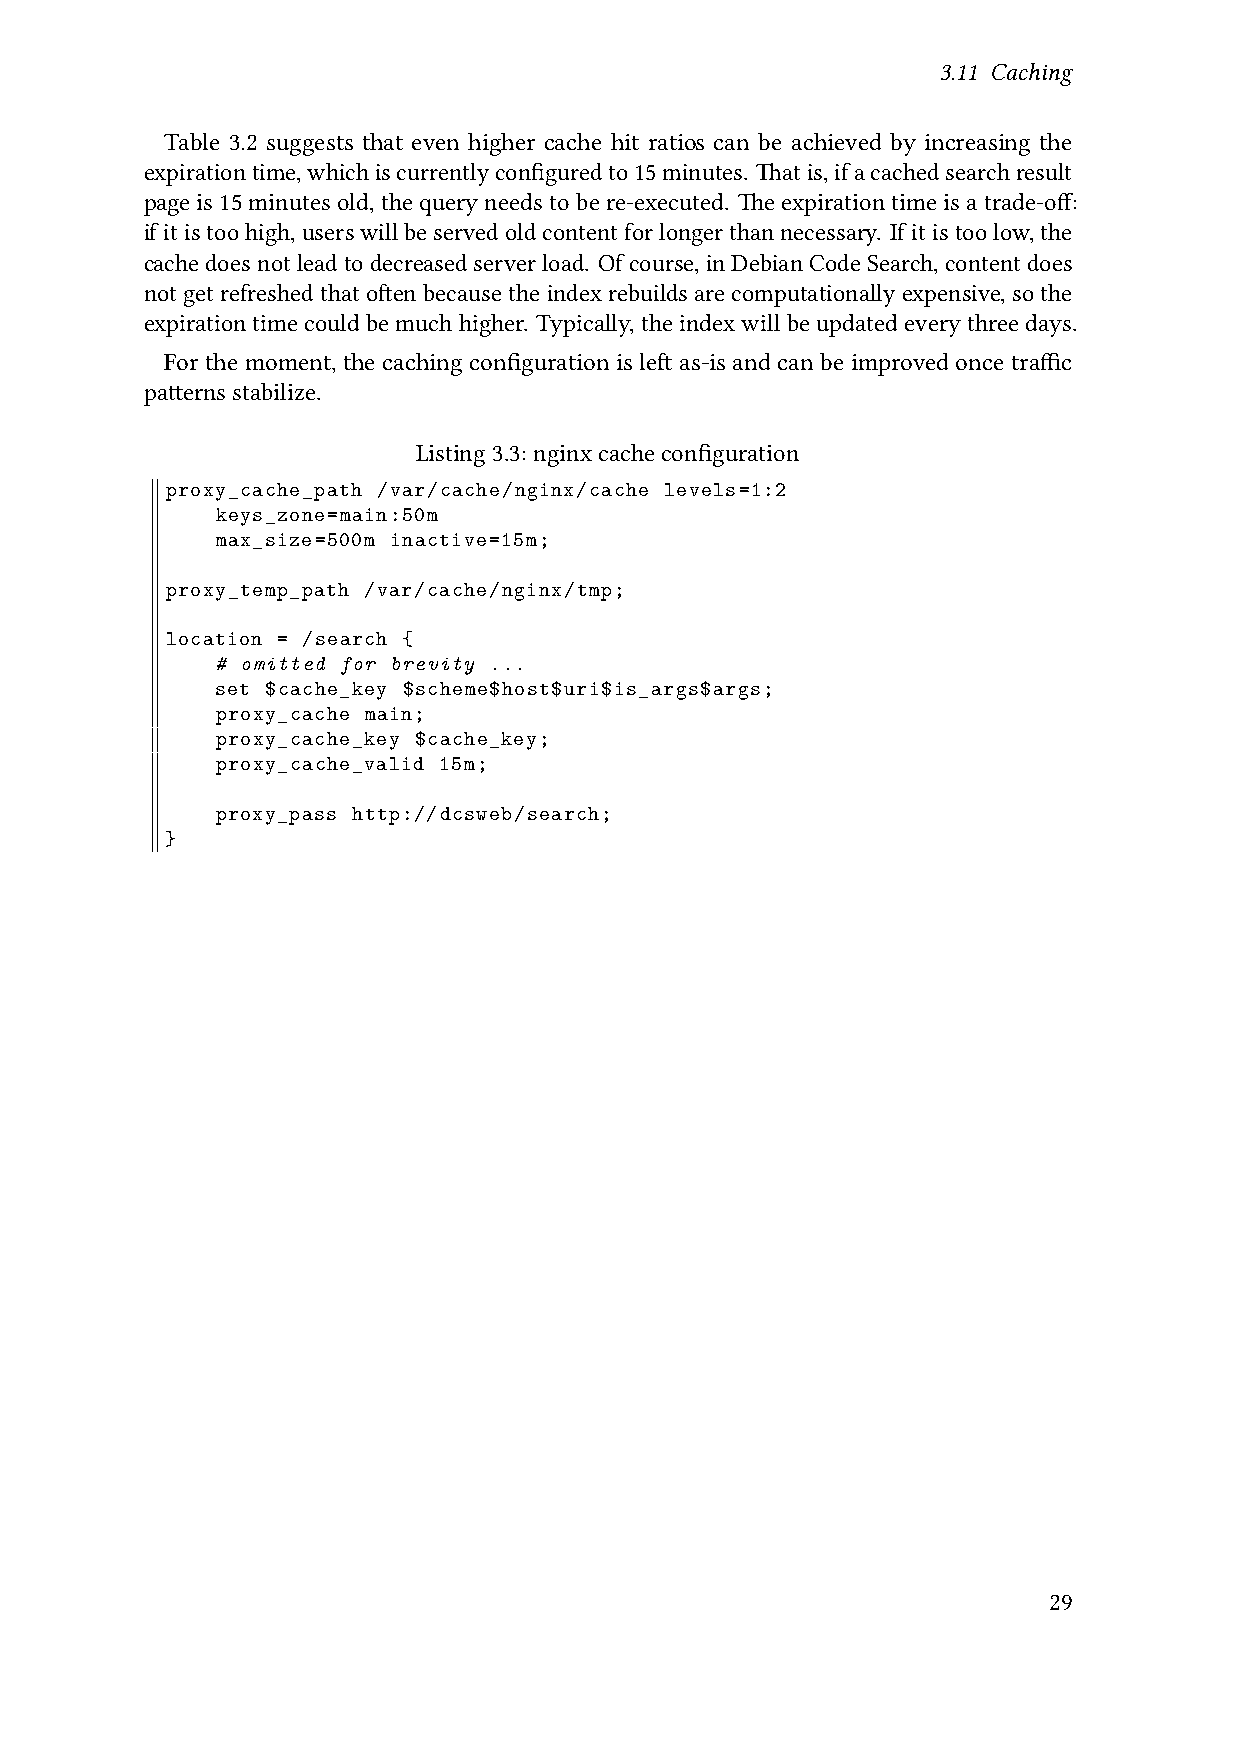
3.11 Caching
 Table 3.2 suggests that even higher cache hit ratios can be achieved by increasing the
 expirationtime,whichiscurrentlyconfiguredto15minutes. Thatis,ifacachedsearchresult
 pageis15minutesold,thequeryneedstobere-executed. Theexpirationtimeisatrade-off:
 ifitistoohigh,userswillbeservedoldcontentforlongerthannecessary. Ifitistoolow,the
 cachedoesnotleadtodecreasedserverload. Ofcourse,inDebianCodeSearch,contentdoes
 not getrefreshed that often because the indexrebuilds are computationally expensive, so the
 expirationtimecouldbemuchhigher. Typically,theindexwillbeupdatedeverythreedays.
 For the moment, the caching configuration is left as-is and can be improved once traffic
 patternsstabilize.
 Listing3.3:nginxcacheconfiguration
 proxy_cache_path /var/cache/nginx/cache levels=1:2
 keys_zone=main:50m
 max_size=500m inactive=15m;
 proxy_temp_path /var/cache/nginx/tmp;
 location = /search {
 # omitted for brevity ...
 set $cache_key $scheme$host$uri$is_args$args;
 proxy_cache main;
 proxy_cache_key $cache_key;
 proxy_cache_valid 15m;
 proxy_pass http://dcsweb/search;
 }
 29